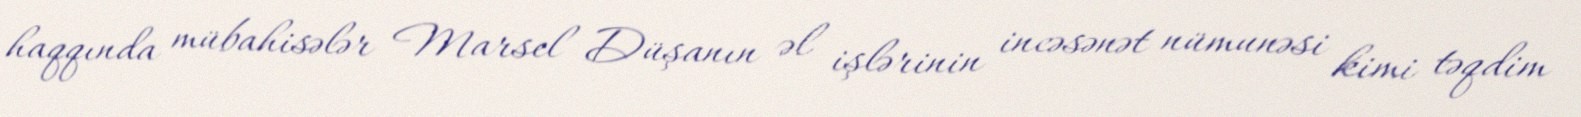
haqqında mübahisələr Marsel Düşanın əl işlərinin incəsənət nümunəsi kimi təqdim